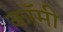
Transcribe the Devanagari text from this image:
कॉमी